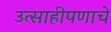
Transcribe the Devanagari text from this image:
उत्साहीपणाचे